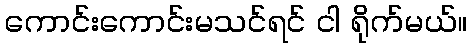
ကောင်းကောင်းမသင်ရင် ငါ ရိုက်မယ်။